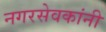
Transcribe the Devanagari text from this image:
नगरसेवकांनी